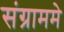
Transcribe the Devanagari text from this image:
संग्राममे